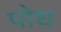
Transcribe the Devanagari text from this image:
पोध